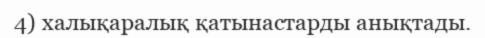
4) халықаралық қатынастарды анықтады.